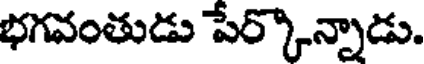
భగవంతుడు పేర్కొన్నాడు.